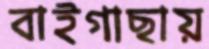
বাইগাছায়